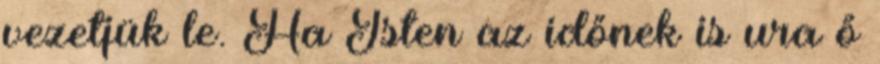
vezetjük le. Ha Isten az időnek is ura ő